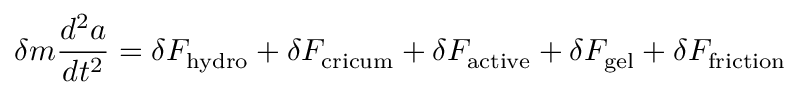
\delta m \frac { d ^ { 2 } a } { d t ^ { 2 } } = \delta F _ { \mathrm { h y d r o } } + \delta F _ { \mathrm { c r i c u m } } + \delta F _ { \mathrm { a c t i v e } } + \delta F _ { \mathrm { g e l } } + \delta F _ { \mathrm { f r i c t i o n } }